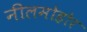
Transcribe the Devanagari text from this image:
नीलमोहोर